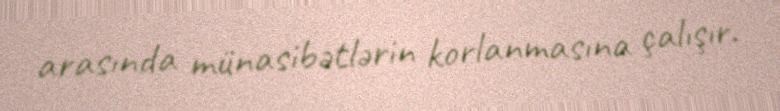
arasında münasibətlərin korlanmasına çalışır.